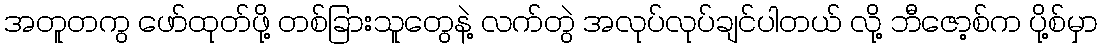
အတူတကွ ဖော်ထုတ်ဖို့ တစ်ခြားသူတွေနဲ့ လက်တွဲ အလုပ်လုပ်ချင်ပါတယ် လို့ ဘီဇော့စ်က ပို့စ်မှာ